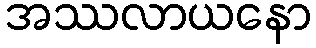
အဿလာယနော